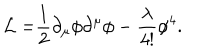
{ \cal L = } \frac { 1 } { 2 } \partial _ { \mu } \phi \partial ^ { \mu } \phi - \frac { \lambda } { 4 ! } \phi ^ { 4 } .